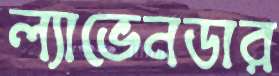
ল্যাভেনডার